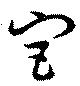
宮